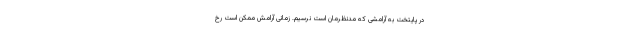
در پایتخت به آرامشی که مدنظرمان است نرسیم. زمانی آرامش ممکن است رخ